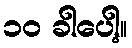
၁၀ ခါပေါ့။